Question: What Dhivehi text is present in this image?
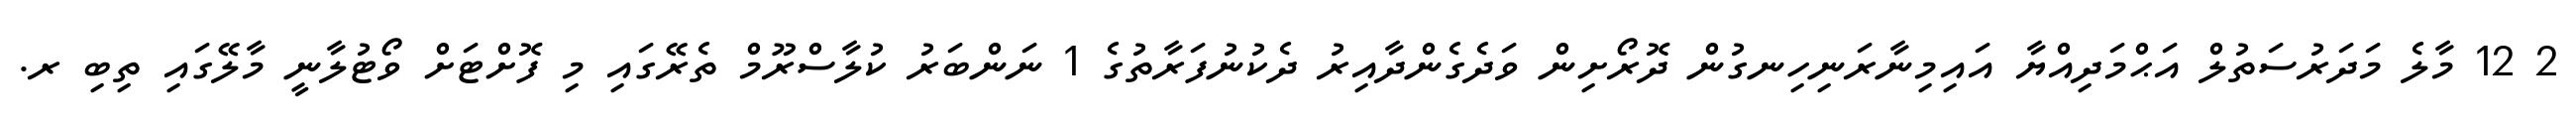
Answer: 2 12 މާލެ މަދަރުސަތުލް އަޙްމަދިއްޔާ އައިމިނާރަނިހިނގުން ދޮރޯށިން ވަދެގެންދާއިރު ދެކުނުފަރާތުގެ 1 ނަންބަރު ކުލާސްރޫމް ތެރޭގައި މި ފޮށްޓަށް ވޯޓުލާނީ މާލޭގައި ތިބި ރ.